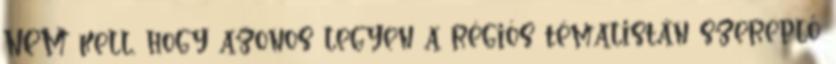
NEM kell, hogy azonos legyen a régiós témalistán szereplő